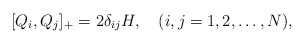
\begin{align*}[Q_{i}, Q_{j}]_{+} = 2 \delta_{ij} H, \quad(i, j = 1, 2, \ldots, N),\end{align*}